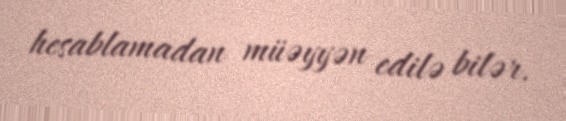
hesablamadan müəyyən edilə bilər.